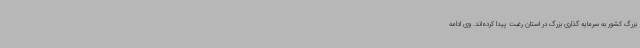
بزرگ کشور به سرمایه گذاری بزرگ در استان رغبت پیدا کرده‌اند. وی ادامه